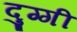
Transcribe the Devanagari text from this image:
दुग्गी